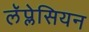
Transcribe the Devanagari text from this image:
लॅप्लेसियन